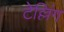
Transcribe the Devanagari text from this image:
टेल्लिंग